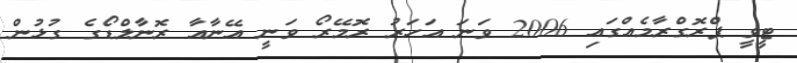
ޓީވީ ޕްރޮގްރާމެއްގައި 2006 ވަނަ އަހަރު ރޮމޭރޯ ވަނީ އޭނާއާ ރޮނާލްޑޯގެ ގުޅުން